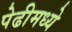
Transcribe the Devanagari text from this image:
पेढीमध्ये